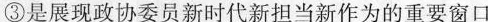
③是展现政协委员新时代新担当新作为的重要窗口